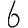
Digit: 6